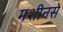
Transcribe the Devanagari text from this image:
मशीनसे